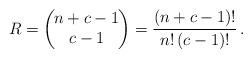
LaTeX: \begin{align*}R=\left(\!\!\!\begin{array}{c}n+c-1 \\c-1 \end{array}\!\!\!\right)=\frac{\left(n+c-1\right)!}{n!\left(c-1\right)!}\,.\end{align*}